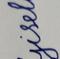
Signature authenticity: forged